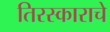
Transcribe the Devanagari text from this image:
तिरस्काराचे